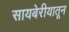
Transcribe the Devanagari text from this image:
सायबेरीयातून